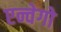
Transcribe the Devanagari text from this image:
एन्वेगो